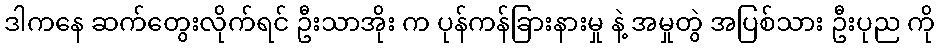
ဒါကနေ ဆက်တွေးလိုက်ရင် ဦးသာအိုး က ပုန်ကန်ခြားနားမှု နဲ့ အမှုတွဲ အပြစ်သား ဦးပုည ကို